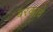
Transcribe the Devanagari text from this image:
बरकाचे